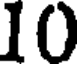
10